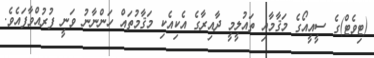
(ޓިވެޓް)ގެ ސީއީއޯގެ މަޤާމާއި ތައުލީމީ ދާއިރާގެ އެކިއެކި މަޤާމުތައް ހަންނާނު ވަނީ ފުރުއްވާފައެވެ.